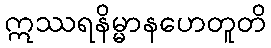
ဣဿရနိမ္မာနဟေတူတိ